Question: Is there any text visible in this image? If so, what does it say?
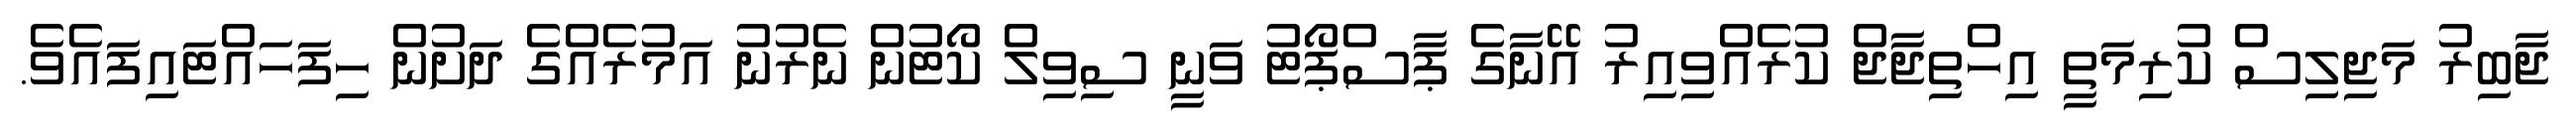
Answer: ޖާބިރު މަޖިލިސް ކުރިމަތީ އިހްތިޖާޖް ކުރެއްވިއިރު އޭނާގެ ޕާސްޕޯޓު ވަނީ ސިވިލް ކޯޓުން ނެރުނު އަމުރެއްގެ ދަށުން ހިފަހައްޓައިފައެވެ.